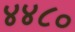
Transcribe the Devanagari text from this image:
४४८०